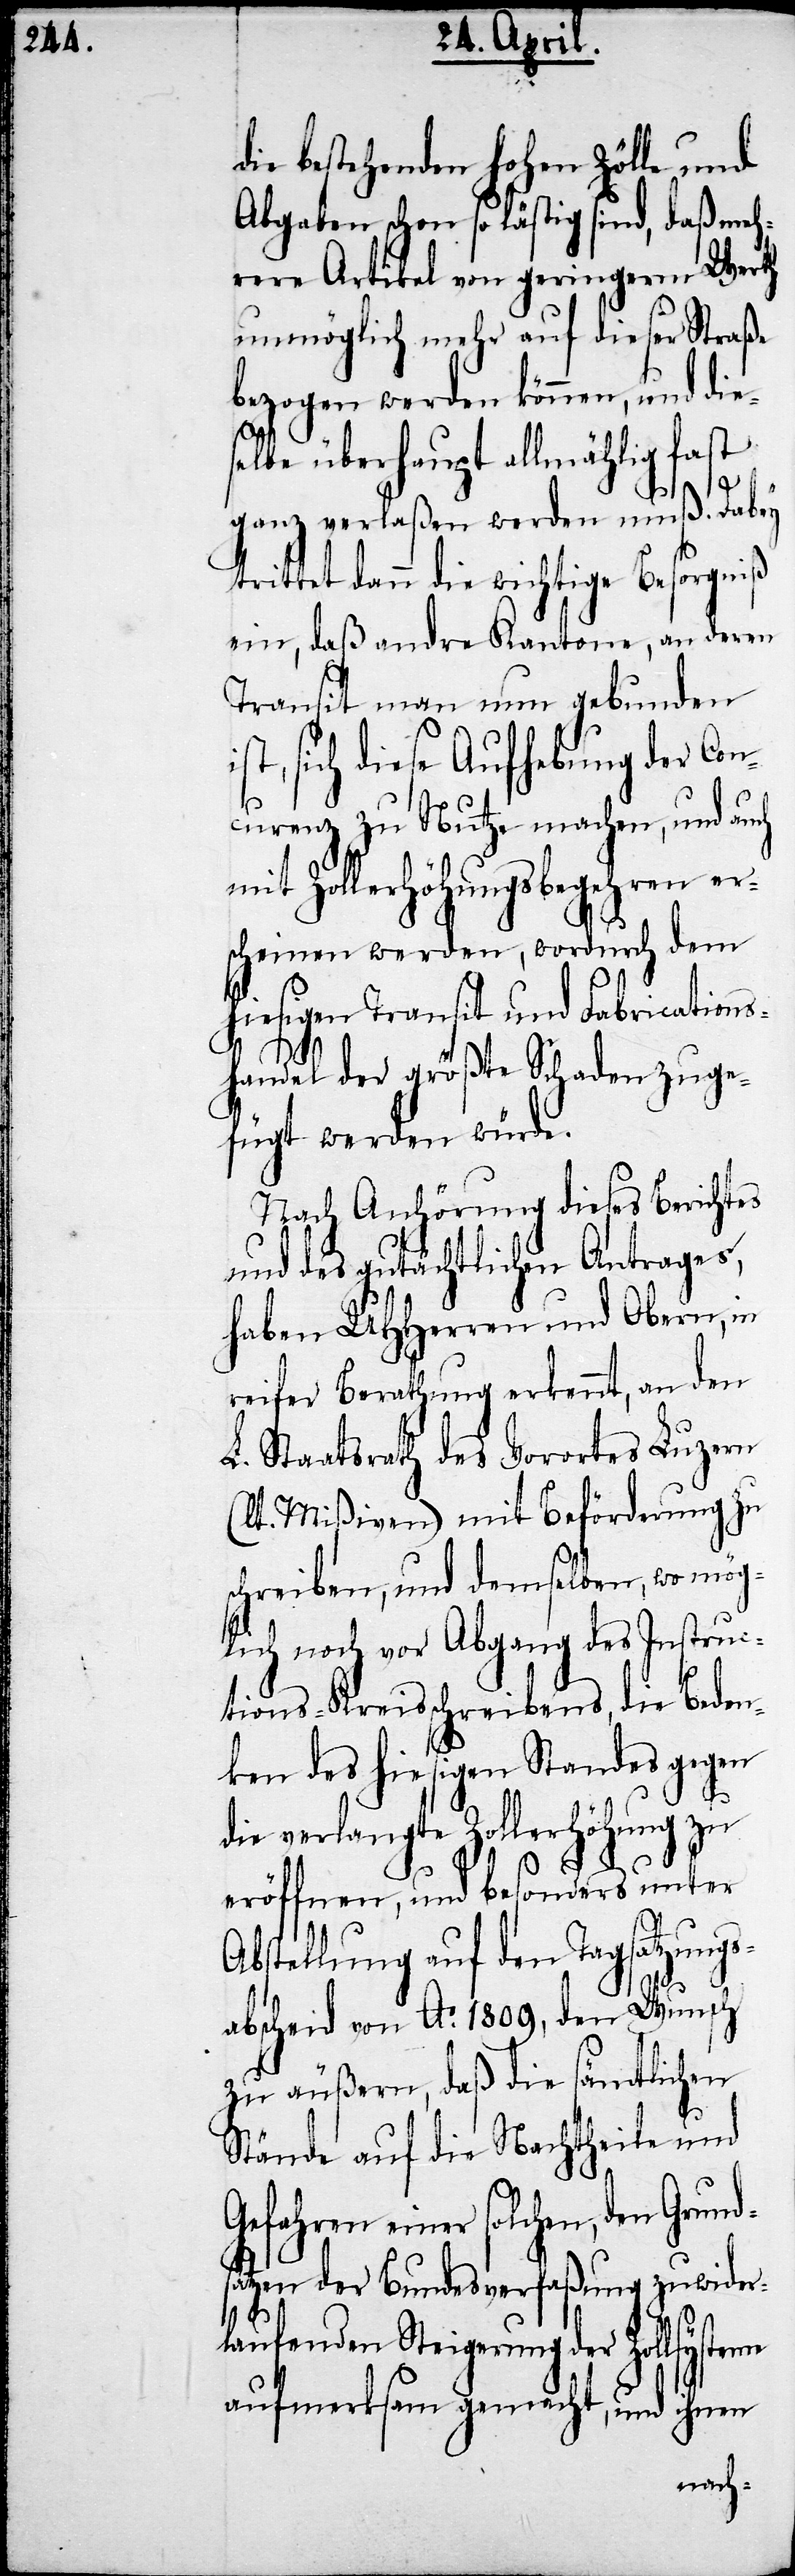
die bestehenden hohen Zölle und
Abgaben schon so lästig sind, daß meh¬
rere Artikel von geringerm Werth
unmöglich mehr auf dieser Straße
bezogen werden können, und die¬
selbe überhaupt allmählig fast
d¬
ganz verlaßen werden muß. Dabey
trittet dann die wichtige Besorgn¬
ein, daß andre Kantone, an deren
Transit man nun gebunden
st, sich diese Aufhebung der Co¬
ncurenz zu Nutze machen, und au¬
mit Zollerhöhungsbegehren er¬
scheinen werden, wordurch dem
hiesigen Transit und Fabrications¬
handel der größte Schaden zuge¬
fügt werden würde.
Nach Anhörung dieses Berichtes
und des gutächtlichen Antrages,
haben UHHerren und Obern, in
reifer Berathung erkennt, an den
L. Staatsrath des Vorortes Luzern
(lt. Mißiven) mit Beförderung zu
schreiben, und demselben, wo mög¬
lich noch vor Abgang des Instruc¬
tions-Kreisschreibens, die Beden¬
ken des hiesigen Standes gegen
me
die verlangte Zollerhöhung zu
eröffnen, und besonders unter
Abstellung auf den Tagsatzungs¬
abscheid von Ao. 1809, den Wunsch
zu äußern, daß die sämtlichen
Stände auf die Nachtheile und
Gefahren einer solchen, den Grun¬
sätzen der Bundesverfaßung zuwider¬
laufenden Steigerung der Zollsyste¬
aufmerksam gemacht, und ihnen
ch